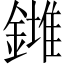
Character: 𨬉